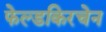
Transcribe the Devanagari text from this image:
फेल्डकिरचेन